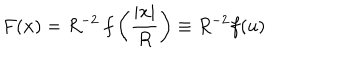
LaTeX: F ( \mathbf { x } ) = R ^ { - 2 } \: f \left( { \frac { | \mathbf { x } | } { R } } \right) \equiv R ^ { - 2 } f ( u )